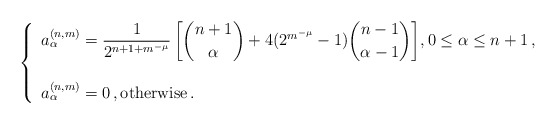
\begin{align*} \left \{ \begin{array}{l}a^{(n,m)}_\alpha =\displaystyle{\frac{1}{2^{n+1+m^{-\mu}}} \left [{\binom{n+1}{\alpha}}+ 4(2^{m^{-\mu}}-1) {\binom{n-1}{\alpha-1}} \right ]}, 0 \le\alpha \le n+1\,,\\ \\a^{(n,m)}_\alpha = 0\,, \hbox{otherwise}\,.\end{array} \right.\end{align*}